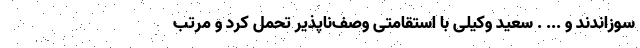
سوزاندند و ... . سعید وکیلی با استقامتی وصف‌ناپذیر تحمل کرد و مرتب